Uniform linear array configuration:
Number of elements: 4
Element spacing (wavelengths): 1
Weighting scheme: blackman
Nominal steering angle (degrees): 60
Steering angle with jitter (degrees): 60.004
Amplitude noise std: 0.05
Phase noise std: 0.05

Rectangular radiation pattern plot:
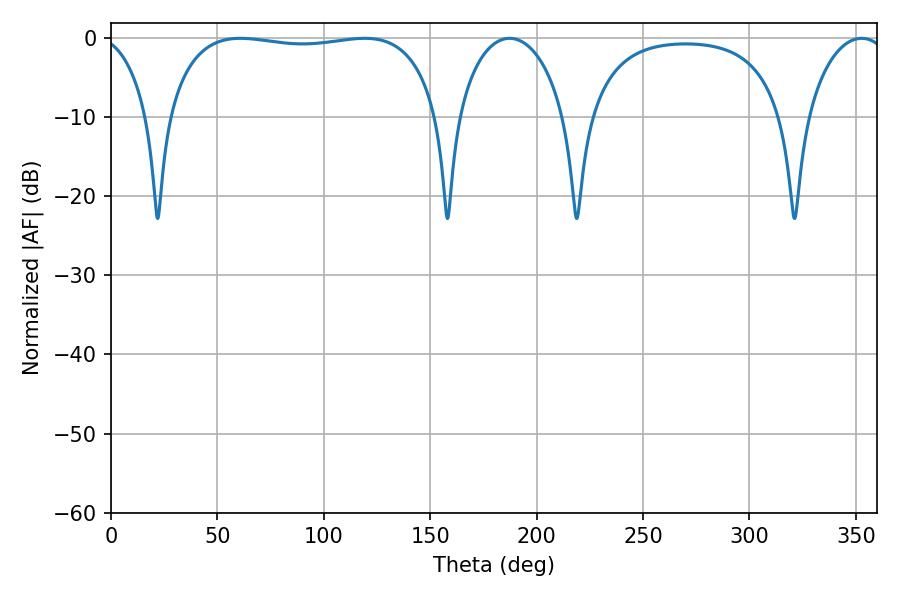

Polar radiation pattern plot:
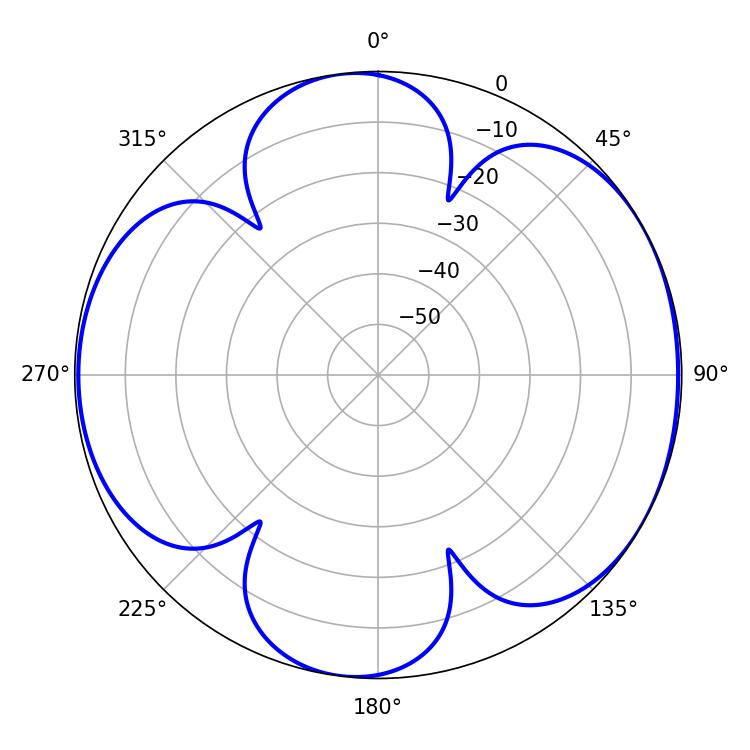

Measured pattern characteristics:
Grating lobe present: TRUE
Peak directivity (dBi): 6.242
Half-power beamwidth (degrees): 102.96
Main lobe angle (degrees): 60.84